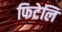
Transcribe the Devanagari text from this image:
फिटेलि